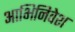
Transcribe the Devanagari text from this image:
आभिनिवेश